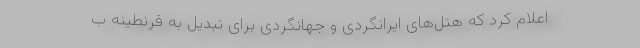
اعلام کرد که هتل‌های ایرانگردی و جهانگردی برای تبدیل به قرنطینه ب